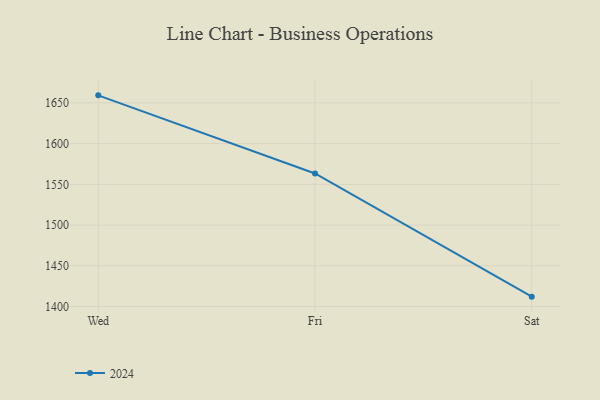
{"axis": {"x": "Day", "y": "Net Income (USD K)"}, "legend": ["2024"], "data": [{"x": "Wed", "y": 1659.3, "type": "2024"}, {"x": "Fri", "y": 1563.4, "type": "2024"}, {"x": "Sat", "y": 1412.1, "type": "2024"}]}